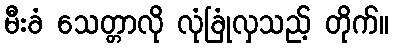
မီးခံ သေတ္တာလို လုံခြုံလှသည့် တိုက်။